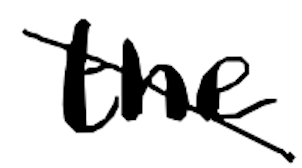
Text: the
Cross-out: diagonal
Writing tool: digital_black